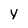
Character: y